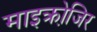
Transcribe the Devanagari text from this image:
माइक्रोजि़र